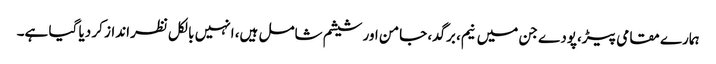
ہمارے مقامی پیڑ،پودے جن میں نیم، برگد، جامن اور شیشم شامل ہیں، انہیں بالکل نظرانداز کر دیا گیا ہے۔